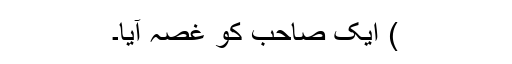
) ایک صاحب کو غصہ آیا۔